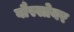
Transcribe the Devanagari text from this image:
वौस्सोयर